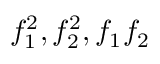
f _ { 1 } ^ { 2 } , f _ { 2 } ^ { 2 } , f _ { 1 } f _ { 2 }